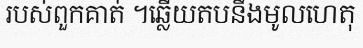
របស់ពួកគាត់ ។ឆ្លើយតបនឹងមូលហេតុ